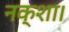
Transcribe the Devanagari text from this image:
नक्शा।